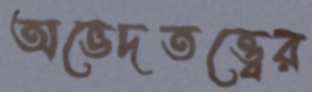
অভেদতত্ত্বের